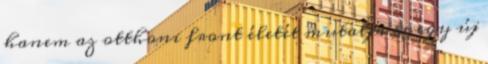
hanem az otthoni front életét mutatja be egy új